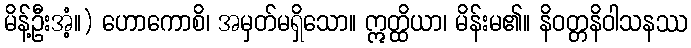
မိန့်ဦးအံ့။) ဟောကောစိ၊ အမှတ်မရှိသော။ ဣတ္ထိယာ၊ မိန်းမ၏။ နိဝတ္တနိဝါသနဿ